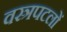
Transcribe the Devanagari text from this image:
वस्त्रपटलों